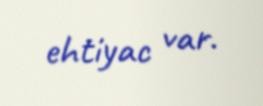
ehtiyac var.